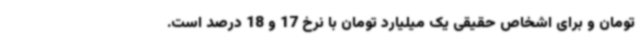
تومان و برای اشخاص حقیقی یک میلیارد تومان با نرخ 17 و 18 درصد است.